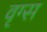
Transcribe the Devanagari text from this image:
वृग्स